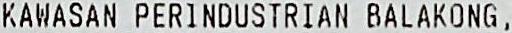
KAWASAN PERINDUSTRIAN BALAKONG ,